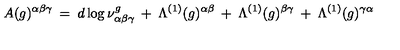
A ( g ) ^ { \alpha \beta \gamma } \: = \: d \log \nu _ { \alpha \beta \gamma } ^ { g } \: + \: \Lambda ^ { ( 1 ) } ( g ) ^ { \alpha \beta } \: + \: \Lambda ^ { ( 1 ) } ( g ) ^ { \beta \gamma } \: + \: \Lambda ^ { ( 1 ) } ( g ) ^ { \gamma \alpha }